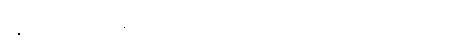
နွေရာသီမှာတော့ နေ့တာ ရှည်ပြီး ဆောင်းရာသီမှာတော့ ညတာ ရှည်တယ်။